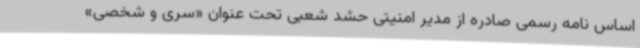
اساس نامه رسمی صادره از مدیر امنیتی حشد شعبی تحت عنوان «سری و شخصی»